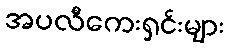
အပလီကေးရှင်းများ